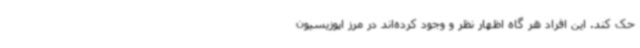
حک کند. این افراد هر گاه اظهار نظر و وجود کرده‌اند در مرز اپوزیسیون